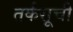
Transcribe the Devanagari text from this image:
तर्कसूची